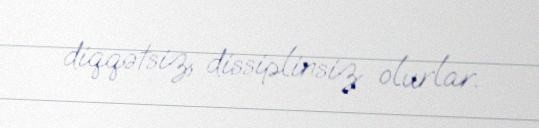
diqqətsiz, dissiplinsiz olurlar.